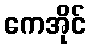
ကေအိုင်